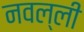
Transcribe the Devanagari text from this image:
नवल्ली